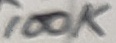
Text: 100K